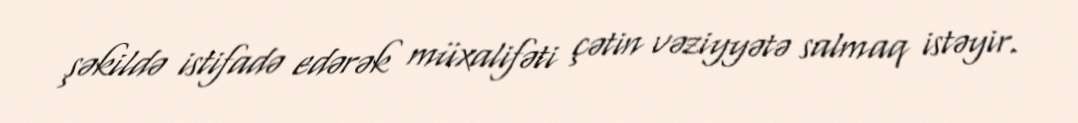
şəkildə istifadə edərək müxalifəti çətin vəziyyətə salmaq istəyir.